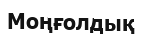
Моңғолдық